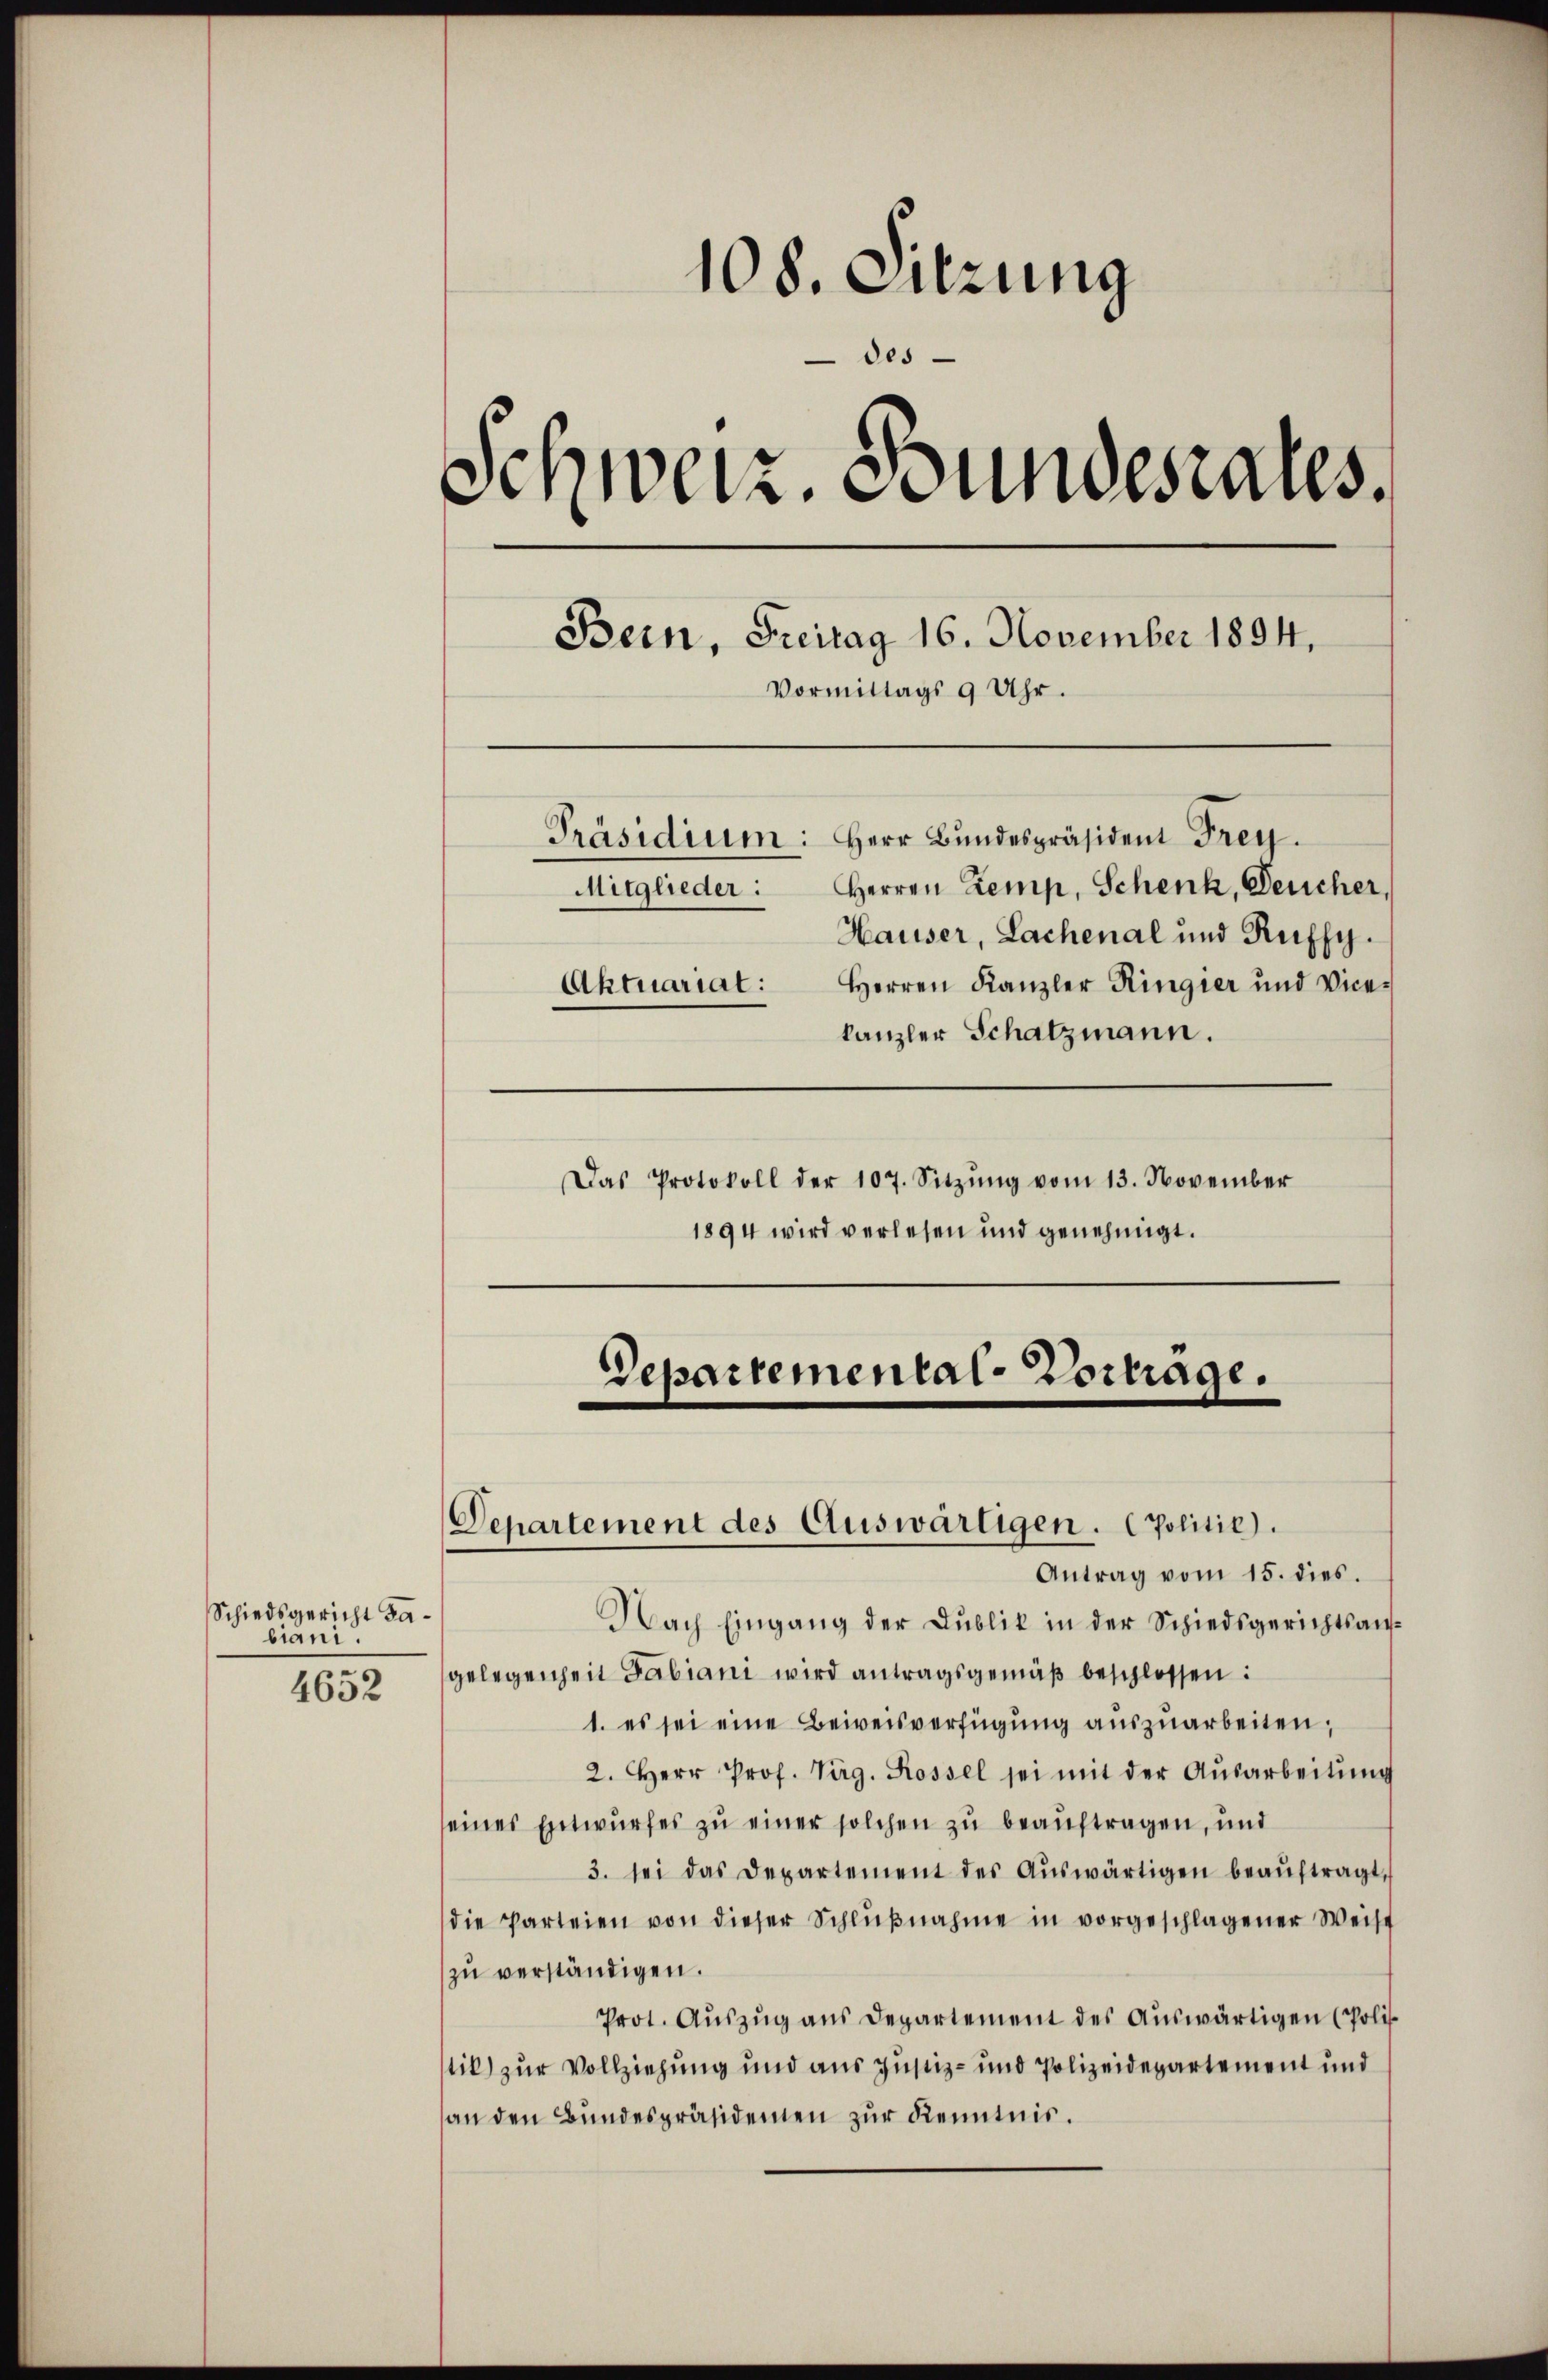
Schiedsgericht dabiani.

4652

108. Sitzung
des
Schweiz. Bundesrates.
Bern, Freitag 16. November 1894,
Vormittags 9 Uhr.
Präsidium: Herr Bundespräsident Frey.
Mitglieder: Herren Zemp, Schenk, Deucher
Hauser, Lachenal und Ruffy.
Herren Kanzler Ringier und Vice¬
Aktuariat:
kanzler Schatzmann.

Das Protokoll der 107. Sitzŭng vom 13. November
1894 wird verlesen und genehmigt.

Separtemental-Vortrage.

Departement des Auswärtigen. Politie).

Antrag vom 15. dies.
Nach Eingang der Publik in der Schiedsgerichtsangelegenheit Fabiani wird antragsgemäß beschlossen:
1. es sei eine Beweisverfügung auszuarbeiten,
2. Herr Prof. Virg. Rossel sei mit der Ausarbeitung
eines Entwurfes zu einer solchen zu beauftragen, und
3. sei das Departement des Aŭswärtigen beaŭftragt,
die Parteien von dieser Schlŭβnahme in vorgeschlagener Weise
zu verständigen.
Prot. Auszug aus Departement des Auswärtigen (Politik) zur Vollziehung und aus Justiz- und Polizeidepartement und
an den Bundespräsidenen zur Kenntnis.